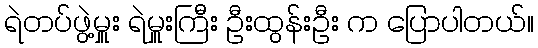
ရဲတပ်ဖွဲ့မှူး ရဲမှူးကြီး ဦးထွန်းဦး က ပြောပါတယ်။